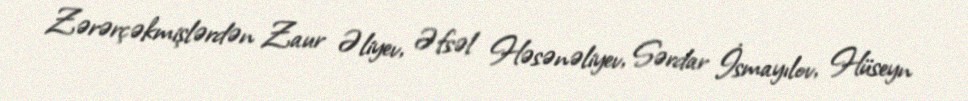
Zərərçəkmişlərdən Zaur Əliyev, Əfsəl Həsənəliyev, Sərdar İsmayılov, Hüseyn